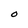
Character: O